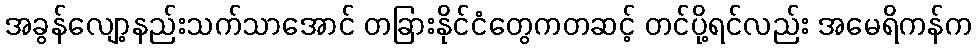
အခွန်လျော့နည်းသက်သာအောင် တခြားနိုင်ငံတွေကတဆင့် တင်ပို့ရင်လည်း အမေရိကန်က